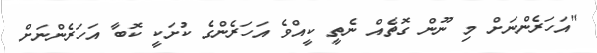
"އަހަރެންނަށް މި ނޫން ގޮތެއް ނެތީ ކީއްވެ އަހަރެންގެ ކުށަކީ ކޮބާ އަހަރެންނަށް